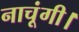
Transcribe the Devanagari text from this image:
नाचूंगी।